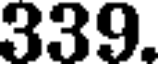
339.